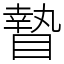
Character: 𥊍